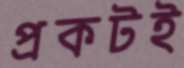
প্রকটই